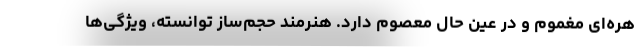
هره‌ای مغموم و در عین حال معصوم دارد. هنرمند حجم‌ساز توانسته، ویژگی‌ها